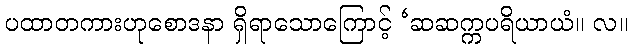
ပထာတကားဟုစောဒနာ ရှိရာသောကြောင့် ‘ဆဆက္ကပရိယာယံ။ လ။